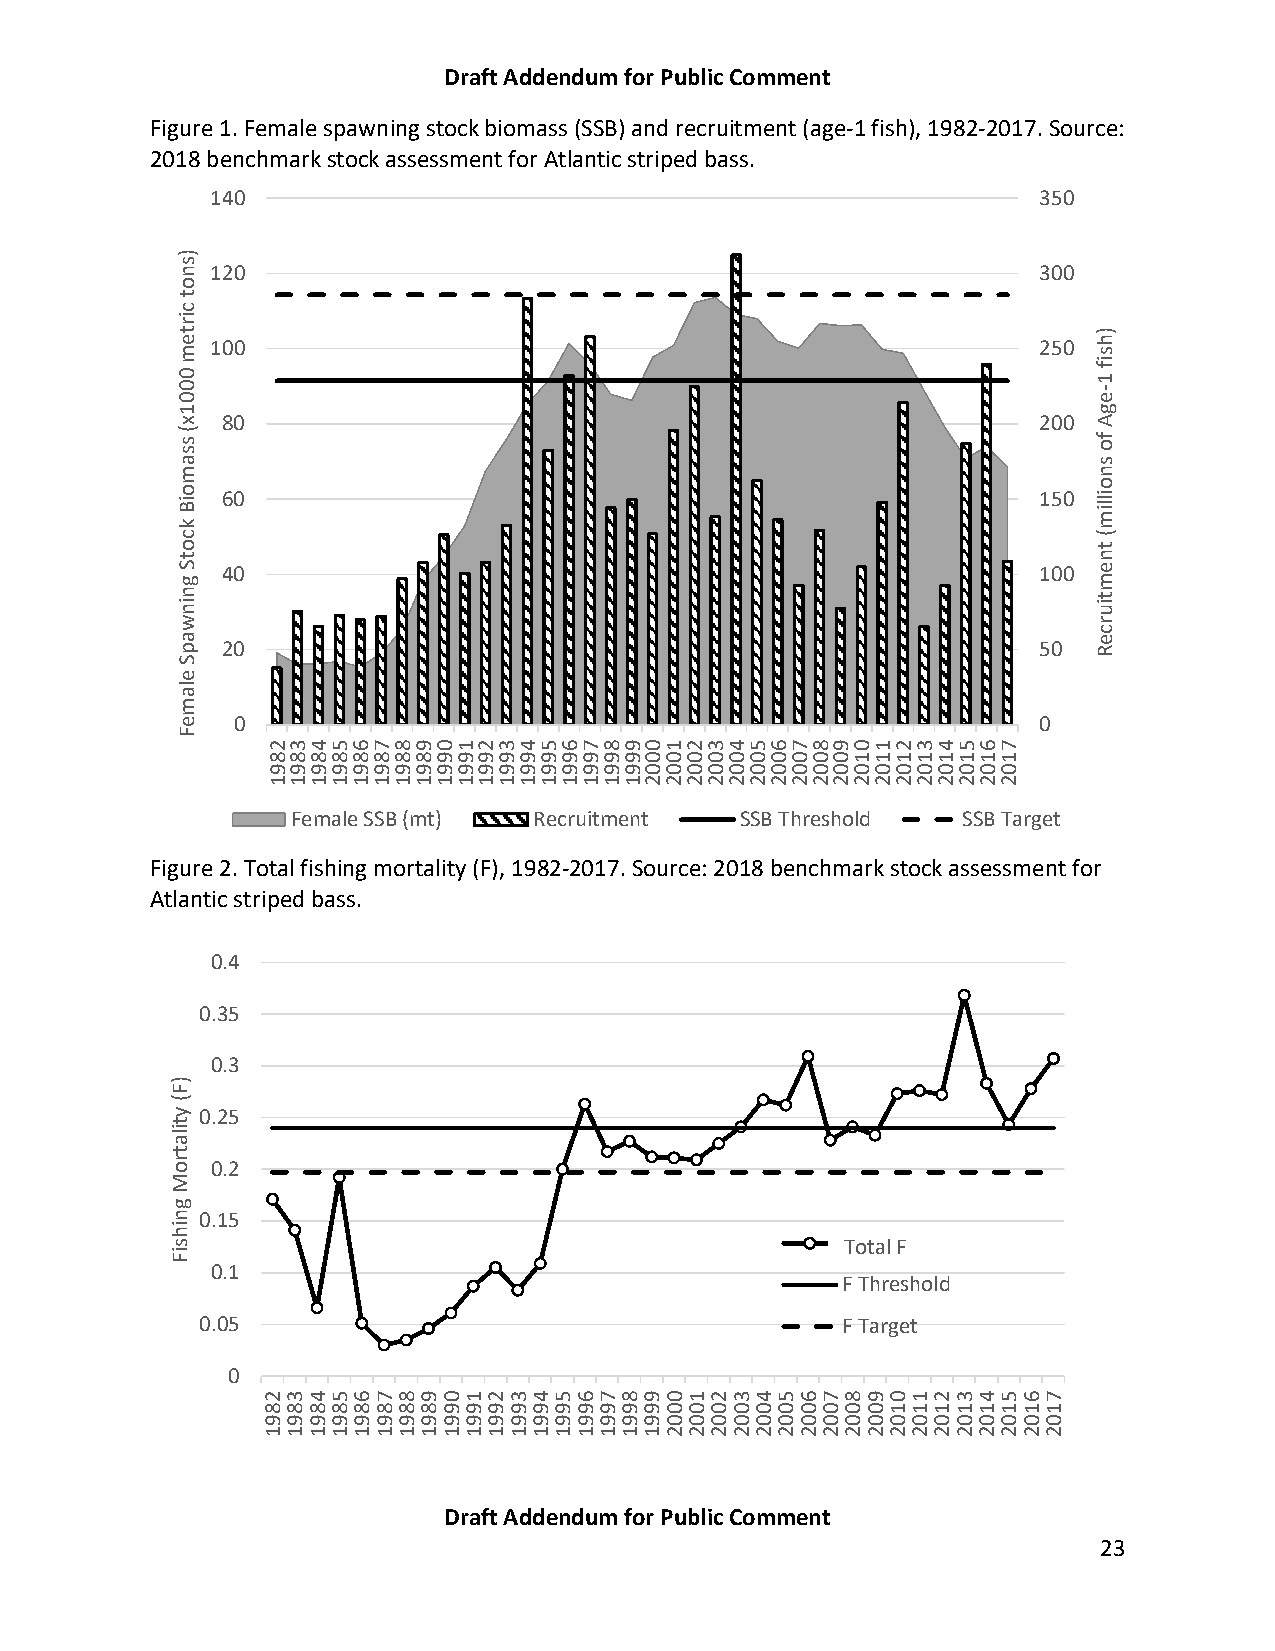
Draft Addendum for Public Comment
 Figure 1. Female spawning stock biomass (SSB) and recruitment (age-1 fish), 1982-2017. Source:
 2018 benchmark stock assessment for Atlantic striped bass.
 140                                                    350
 120                                                    300
 100                                                    250
 80                                                    200
 60                                                    150
 40                                                    100
 20                                                    50
 0                                                     0
 Female SSB (mt) Recruitment   SSB Threshold  SSB Target
 Figure 2. Total fishing mortality (F), 1982-2017. Source: 2018 benchmark stock assessment for
 Atlantic striped bass.
 0.4
 0.35
 0.3
 0.25
 0.2
 0.15
 FTuoltl aFl F
 0.1
 F Threshold
 0.05                                       F Target
 0
 Draft Addendum for Public Comment
 23
 )F(
 ytilatroM
 gnihsiF
 )snot
 cirtem
 0001x(
 ssamoiB
 kcotS
 gninwapS
 elameF
 2891
 2891
 3891
 3891
 4891
 4891
 5891
 5891
 6891
 6891
 7891
 7891
 8891
 8891
 9891
 9891
 0991
 0991
 1991
 1991
 2991
 2991
 3991
 3991
 4991
 4991
 5991
 5991
 6991 7991
 6991
 8991
 7991
 9991
 8991
 0002
 9991
 1002
 0002
 2002
 1002
 3002
 2002
 4002
 3002
 5002
 4002
 6002
 5002
 7002
 6002
 8002
 7002
 9002
 8002
 0102
 9002
 1102
 0102
 2102 3102
 1102
 4102
 2102
 5102
 3102
 6102
 4102
 7102
 5102 6102 7102
 )hsif
 1-egA
 fo
 snoillim(
 tnemtiurceR